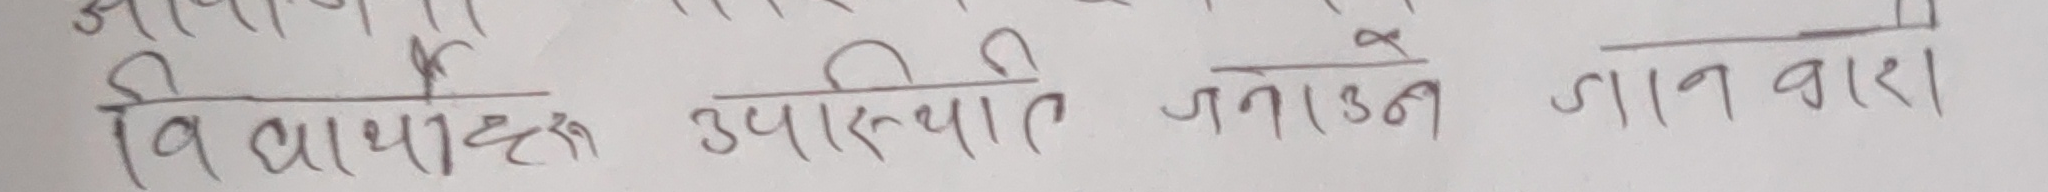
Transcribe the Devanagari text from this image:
विपर्यास उपस्थिति जनाउने जान्ने